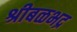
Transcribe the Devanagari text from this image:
श्रीबळभद्र